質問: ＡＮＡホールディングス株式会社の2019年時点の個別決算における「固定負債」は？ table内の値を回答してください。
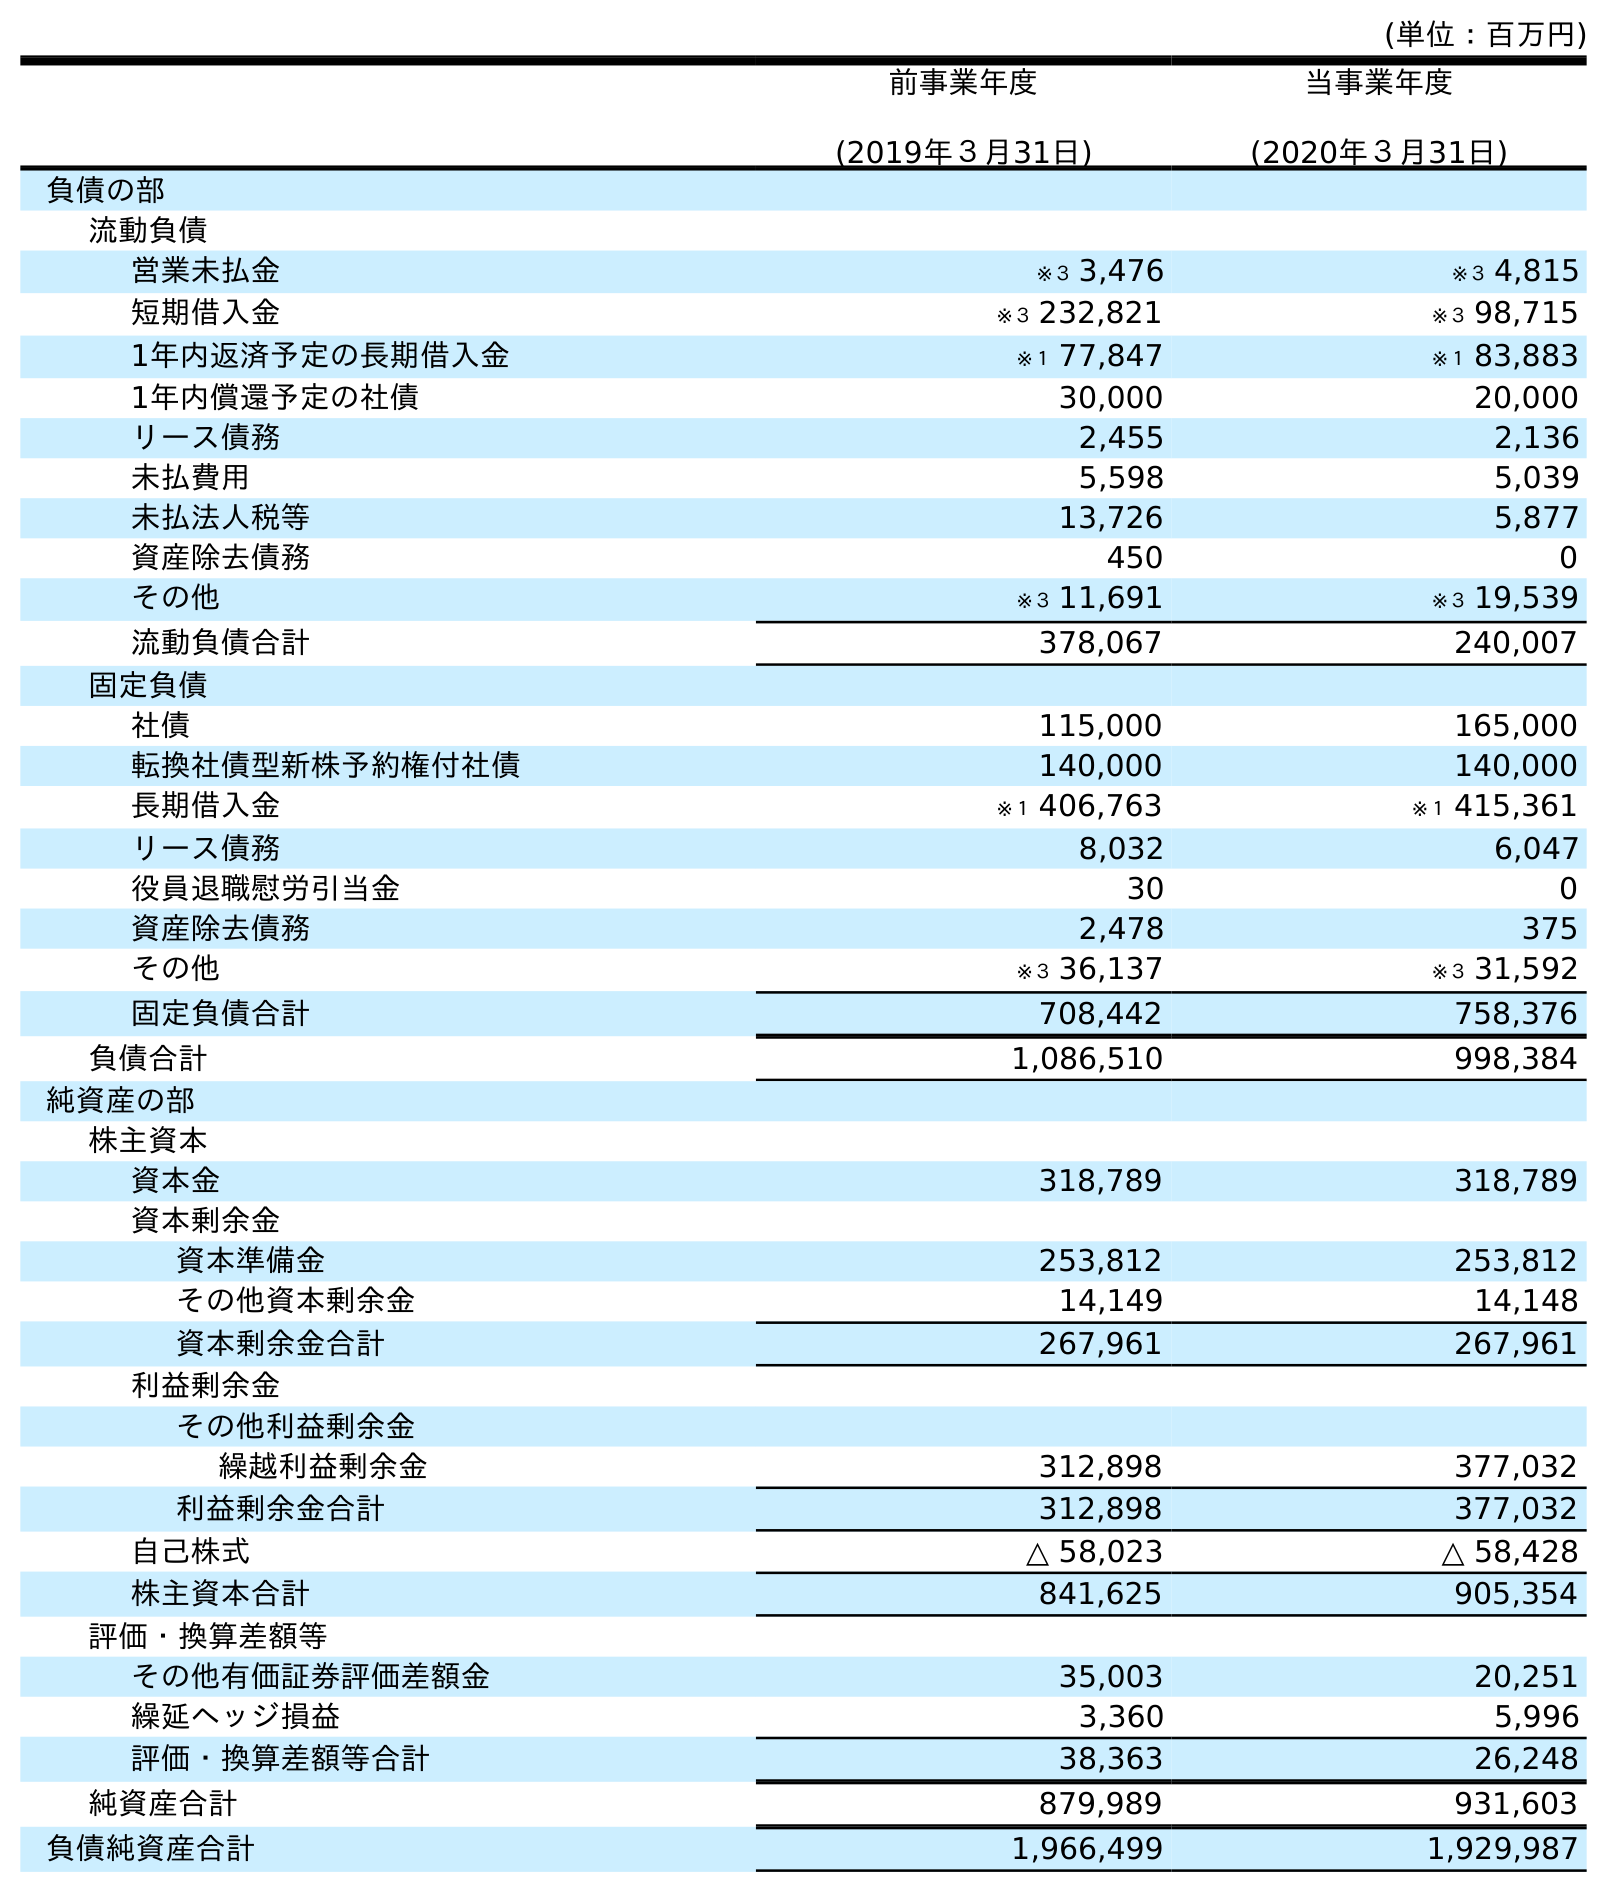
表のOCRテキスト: (単位：百万円) 前事業年度 (2019年３月31日) 当事業年度 (2020年３月31日) 負債の部 流動負債 営業未払金 ※３ 3,476 ※３ 4,815 短期借入金 ※３ 232,821 ※３ 98,715 1年内返済予定の長期借入金 ※１ 77,847 ※１ 83,883 1年内償還予定の社債 30,000 20,000 リース債務 2,455 2,136 未払費用 5,598 5,039 未払法人税等 13,726 5,877 資産除去債務 450 0 その他 ※３ 11,691 ※３ 19,539 流動負債合計 378,067 240,007 固定負債 社債 115,000 165,000 転換社債型新株予約権付社債 140,000 140,000 長期借入金 ※１ 406,763 ※１ 415,361 リース債務 8,032 6,047 役員退職慰労引当金 30 0 資産除去債務 2,478 375 その他 ※３ 36,137 ※３ 31,592 固定負債合計 708,442 758,376 負債合計 1,086,510 998,384 純資産の部 株主資本 資本金 318,789 318,789 資本剰余金 資本準備金 253,812 253,812 その他資本剰余金 14,149 14,148 資本剰余金合計 267,961 267,961 利益剰余金 その他利益剰余金 繰越利益剰余金 312,898 377,032 利益剰余金合計 312,898 377,032 自己株式 △ 58,023 △ 58,428 株主資本合計 841,625 905,354 評価・換算差額等 その他有価証券評価差額金 35,003 20,251 繰延ヘッジ損益 3,360 5,996 評価・換算差額等合計 38,363 26,248 純資産合計 879,989 931,603 負債純資産合計 1,966,499 1,929,987
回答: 708,442